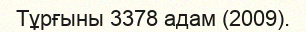
Тұрғыны 3378 адам (2009).